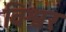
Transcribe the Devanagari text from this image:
विश्वर